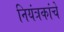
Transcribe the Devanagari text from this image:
नियंत्रकांचे